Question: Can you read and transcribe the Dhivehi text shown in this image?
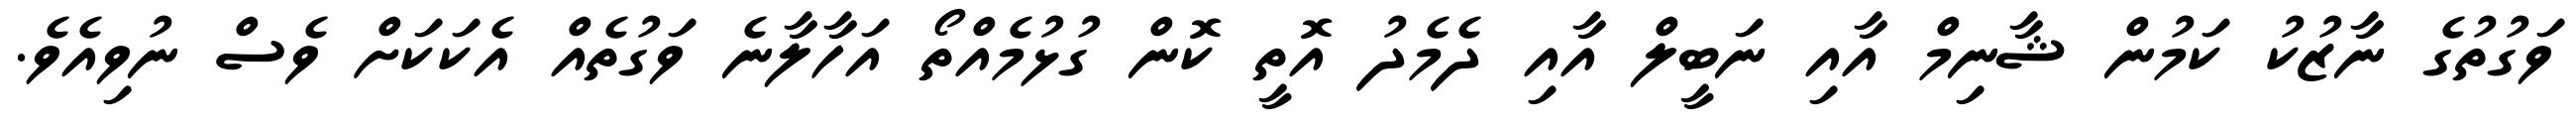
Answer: ވަގުތުގެ ނާޒުކު ކަމުން ޝާނިމް އާއި ނަބީލް އާއި ދެމެދު އޮތީ ކޮން ގުޅުމެއްތޯ އަހާލާނެ ވަގުތެއް އެކަކަށް ވެސް ނުވިއެވެ.